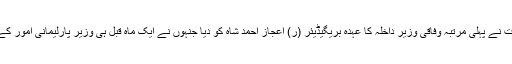
تحریک انصاف کی حکومت نے پہلی مرتبہ وفاقی وزیر داخلہ کا عہدہ بریگیڈیئر (ر) اعجاز احمد شاہ کو دیا جنہوں نے ایک ماہ قبل ہی وزیر پارلیمانی امور کے عہدے پر حلف اٹھایا تھا۔